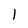
Character: 1